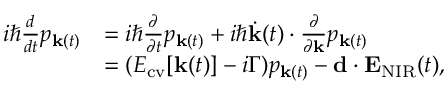
\begin{array} { r l } { i \hbar \frac { d } { d t } p _ { { \bf k } ( t ) } } & { = i \hbar \frac { \partial } { \partial t } p _ { { \bf k } ( t ) } + i \hbar \dot { \bf k } ( t ) \cdot \frac { \partial } { \partial { \bf k } } p _ { { \bf k } ( t ) } } \\ & { = ( E _ { \mathrm { c v } } [ { \bf k } ( t ) ] - i \Gamma ) p _ { { \bf k } ( t ) } - { \bf d } \cdot { \bf E } _ { \mathrm { N I R } } ( t ) , } \end{array}